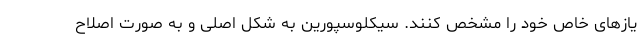
یازهای خاص خود را مشخص کنند. سیکلوسپورین به شکل اصلی و به صورت اصلاح